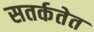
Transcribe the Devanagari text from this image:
सतर्कतेत